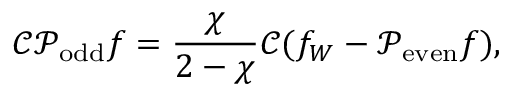
\mathcal { C } \mathcal { P } _ { \mathrm { o d d } } f = \frac { \chi } { 2 - \chi } \mathcal { C } ( f _ { W } - \mathcal { P } _ { \mathrm { e v e n } } f ) ,